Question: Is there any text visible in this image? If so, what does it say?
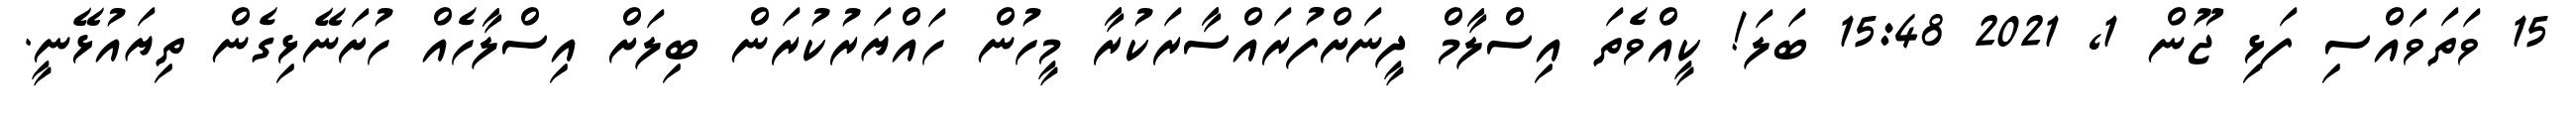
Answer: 15 ވަތަވައްސި ފަޅި ޖޫން 1, 2021 15:48 ބަލަ! ކީއްވެތަ އިސްލާމް ދީނަށްފުރައްސާރަކުރާ މީހުން ހައްޔަރުކުރަން ބިލަށް އިސްލާހެއް ހުށަނޭޅިގެން ތިޔައުޅޭނީ.